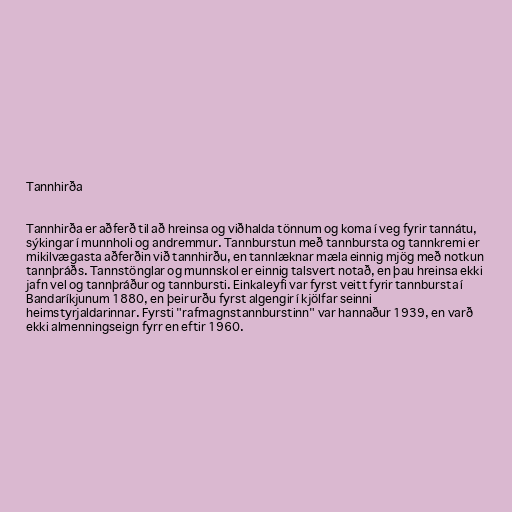
Tannhirða

Tannhirða er aðferð til að hreinsa og viðhalda tönnum og koma í veg fyrir tannátu,
sýkingar í munnholi og andremmur. Tannburstun með tannbursta og tannkremi er
mikilvægasta aðferðin við tannhirðu, en tannlæknar mæla einnig mjög með notkun
tannþráðs. Tannstönglar og munnskol er einnig talsvert notað, en þau hreinsa ekki
jafn vel og tannþráður og tannbursti. Einkaleyfi var fyrst veitt fyrir tannbursta í
Bandaríkjunum 1880, en þeir urðu fyrst algengir í kjölfar seinni
heimstyrjaldarinnar. Fyrsti "rafmagnstannburstinn" var hannaður 1939, en varð
ekki almenningseign fyrr en eftir 1960.